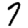
Digit: 7